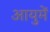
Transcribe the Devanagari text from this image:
आयुमें